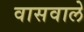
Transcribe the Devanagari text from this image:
वासवाले